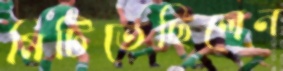
মিটিতেছিলেন